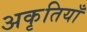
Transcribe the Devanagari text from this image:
अकृतियाँ